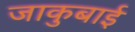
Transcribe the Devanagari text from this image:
जाकुबाई